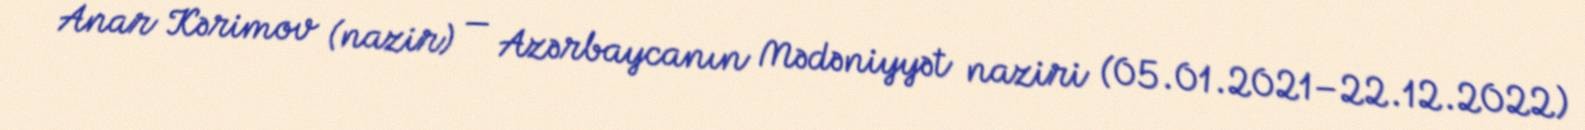
Anar Kərimov (nazir) — Azərbaycanın Mədəniyyət naziri (05.01.2021–22.12.2022)